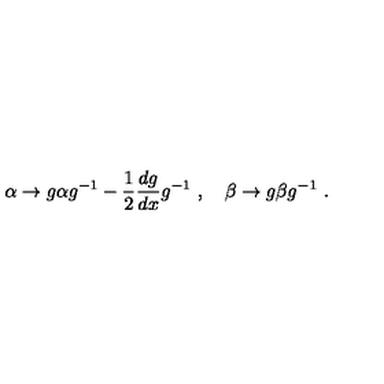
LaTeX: \alpha \to g \alpha g ^ { - 1 } - \frac 1 2 \frac { d g } { d x } g ^ { - 1 } \ , \quad \beta \to g \beta g ^ { - 1 } \ .